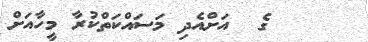
ގެ  އަށްއެދި މަސައްކަތްކުރާ މީހާއަށް